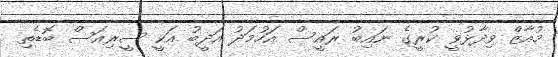
މުއާޒް ވިދާޅުވީ ކުރީގެ ނައިބު ރައީސް އަހުމަދު އަދީބު އަކީ ސީރިއަސް ބޮޑެތި